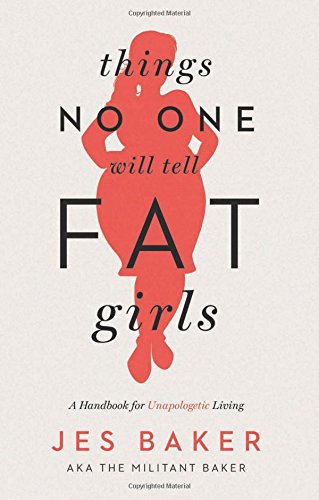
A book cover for Things No One Will Tell Fat Girls: A Handbook for Unapologetic Living; Jes Baker; Humor & Entertainment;